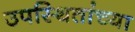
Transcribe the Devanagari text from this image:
उपस्थितांच्या